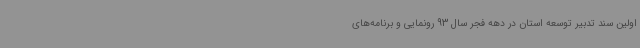
اولین سند تدبیر توسعه استان در دهه فجر سال 93 رونمایی و برنامه‌های